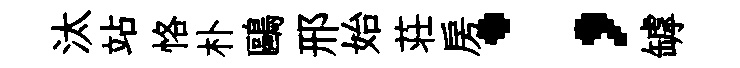
汰站恪朴鷗邢始荘房；罅